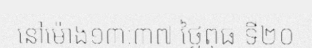
នៅម៉ោង១៣:៣៧ ថ្ងៃពុធ ទី២០